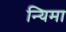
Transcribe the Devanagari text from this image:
न्यिमा